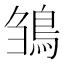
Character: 𩿿